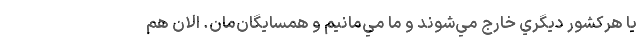
يا هركشور ديگري خارج مي‌شوند و ما مي‌مانيم و همسايگان‌مان. الان هم